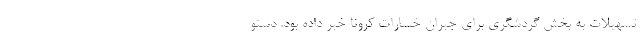
تسهیلات به بخش گردشگری برای جبران خسارات کرونا خبر داده بود. دستو